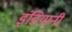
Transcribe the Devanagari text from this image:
इंडियानी